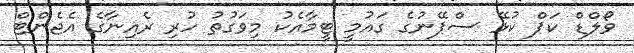
ވޯލްޑް ކަޕް ކުޅޭ ސްޕޭނުގެ ގައުމީ ޓީމާއެކު މިވަގުތު ހުރި ރެއިނާގެ އެޖެންޓް